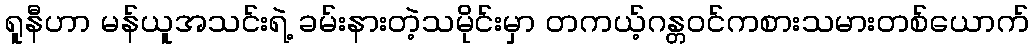
ရူနီဟာ မန်ယူအသင်းရဲ့ ခမ်းနားတဲ့သမိုင်းမှာ တကယ့်ဂန္တဝင်ကစားသမားတစ်ယောက်